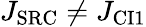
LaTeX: J_{\mathrm{SRC}}\neq J_{\mathrm{CI1}}